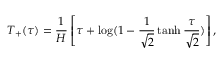
T _ { + } ( \tau ) = \frac { 1 } { H } \left[ \tau + \log ( 1 - \frac { 1 } { \sqrt { 2 } } \operatorname { t a n h } \frac { \tau } { \sqrt { 2 } } ) \right] ,